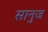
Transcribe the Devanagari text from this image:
सानुज